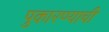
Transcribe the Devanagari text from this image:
पुकारण्याची